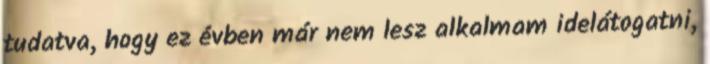
tudatva, hogy ez évben már nem lesz alkalmam idelátogatni,